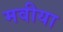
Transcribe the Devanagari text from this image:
मवीया